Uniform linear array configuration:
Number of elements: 64
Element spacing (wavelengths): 0.5
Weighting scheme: hann
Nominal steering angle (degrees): -15
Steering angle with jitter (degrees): -14.381
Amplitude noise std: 0.05
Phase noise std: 0.05

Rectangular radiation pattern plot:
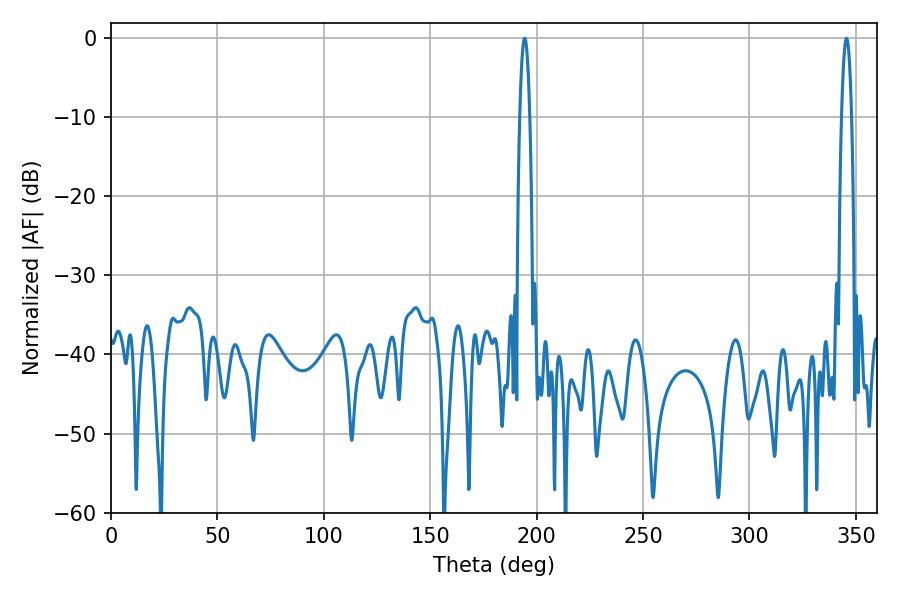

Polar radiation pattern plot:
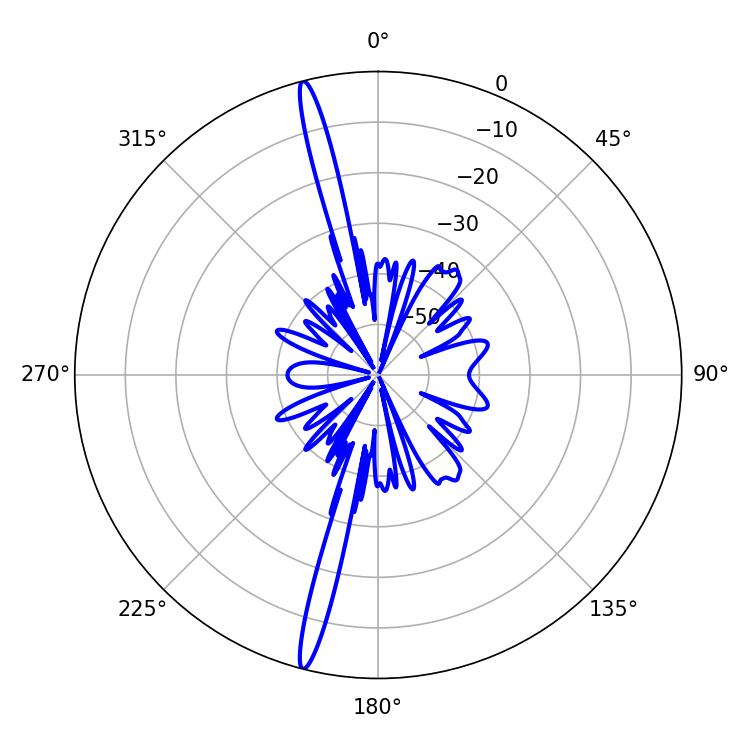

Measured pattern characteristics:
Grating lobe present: FALSE
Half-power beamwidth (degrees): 2.52
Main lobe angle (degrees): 345.6